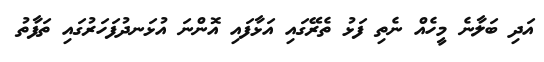
އަދި ބަލާނެ މީހެއް ނެތި ފަޅު ތެރޭގައި އަޅާފައި އޮންނަ އުޅަނދުފަހަރުގައި ތަފާތު